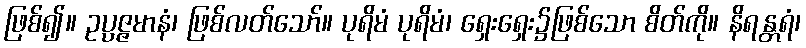
ဖြစ်၍။ ဥပ္ပဇ္ဇမာနံ၊ ဖြစ်လတ်သော်။ ပုရိမံ ပုရိမံ၊ ရှေးရှေး၌ဖြစ်သော စိတ်ကို။ နိရန္တရံ၊